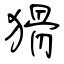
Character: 猾